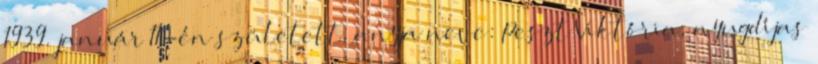
1939. január 11-én született, anyja neve: Peszt Viktória, nyugdíjas